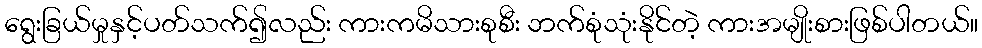
ရွေးခြယ်မှုနှင့်ပတ်သက်၍လည်း ကားကမိသားစုစီး ဘက်စုံသုံးနိုင်တဲ့ ကားအမျိုးစားဖြစ်ပါတယ်။